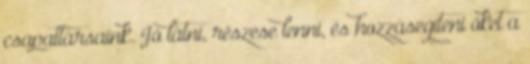
csapattársaink. Jó látni, részese lenni, és hozzásegíteni őket a